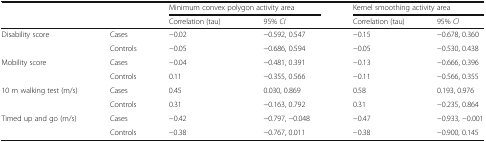
|  |  | <COLSPAN=2> Minimum convex polygon activity area | <COLSPAN=2> Kernel smoothing activity area |
 |  |  | Correlation (tau) | 95% CI | Correlation (tau) | 95% CI |
 | --- | --- | --- | --- | --- | --- |
 | <ROWSPAN=2> Disability score | Cases | −0.02 | −0.592, 0.547 | −0.15 | −0.678, 0.360 |
 | Controls | −0.05 | −0.686, 0.594 | −0.05 | −0.530, 0.438 |
 | <ROWSPAN=2> Mobility score | Cases | −0.04 | −0.481, 0.391 | −0.13 | −0.666, 0.396 |
 | Controls | 0.11 | −0.355, 0.566 | −0.11 | −0.566, 0.355 |
 | <ROWSPAN=2> 10 m walking test (m/s) | Cases | 0.45 | 0.030, 0.869 | 0.58 | 0.193, 0.976 |
 | Controls | 0.31 | −0.163, 0.792 | 0.31 | −0.235, 0.864 |
 | <ROWSPAN=2> Timed up and go (m/s) | Cases | −0.42 | −0.797, −0.048 | −0.47 | −0.933, −0.001 |
 | Controls | −0.38 | −0.767, 0.011 | −0.38 | −0.900, 0.145 |